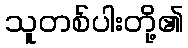
သူတစ်ပါးတို့၏